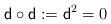
LaTeX: \begin{align*}{\sf d}\circ {\sf d}:={\sf d}^2 = 0\end{align*}